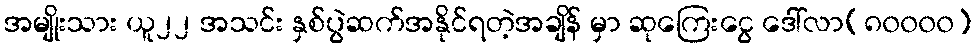
အမျိုးသား ယူ၂၂ အသင်း နှစ်ပွဲဆက်အနိုင်ရတဲ့အချိန် မှာ ဆုကြေးငွေ ဒေါ်လာ(၈၀၀၀၀)